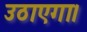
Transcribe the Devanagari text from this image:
उठाएगा।